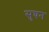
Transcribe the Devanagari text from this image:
सुघन